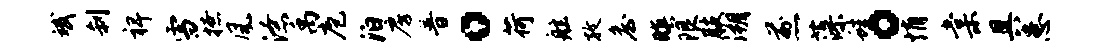
斌刹裨雪撩风潦禹庖泊房普。荷舷孜詹暝限肢溯煎藻蛙。悄棠具患